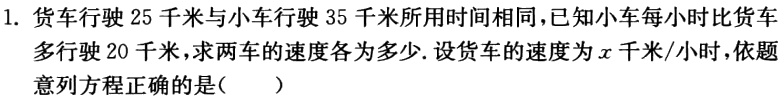
1. 货车行驶 25 千米与小车行驶 35 千米所用时间相同，已知小车每小时比货车

多行驶 20 千米，求两车的速度各为多少. 设货车的速度为\(x\)千米/小时，依题

意列方程正确的是(  )